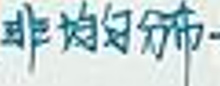
非均匀分布